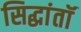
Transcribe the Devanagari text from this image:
सिद्धांतॉ